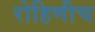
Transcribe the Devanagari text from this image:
रोहिणीच